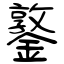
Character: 鐜